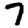
Digit: 7